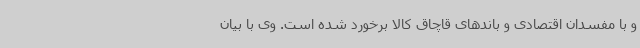
و با مفسدان اقتصادی و باندهای قاچاق کالا برخورد شده است. وی با بیان